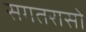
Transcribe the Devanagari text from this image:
सगतरासो